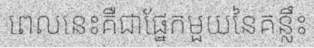
ពេលនេះគឺជាផ្នែកមួយនៃគន្លឹះ